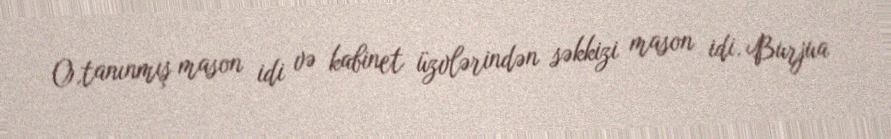
O,tanınmış mason idi və kabinet üzvlərindən səkkizi mason idi. Burjua